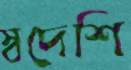
স্বদেশি